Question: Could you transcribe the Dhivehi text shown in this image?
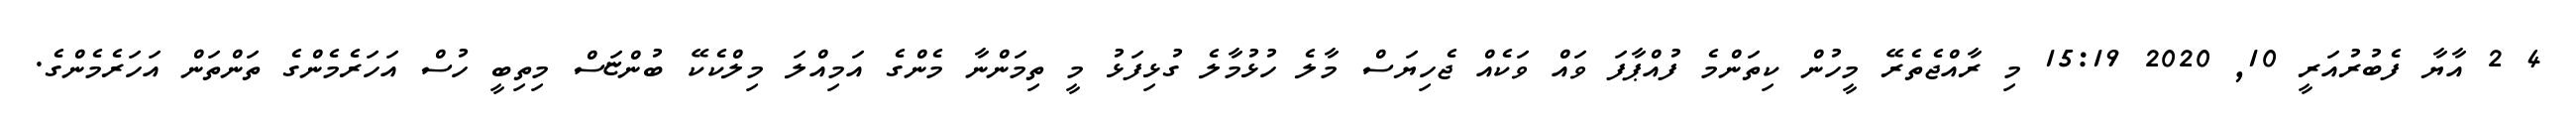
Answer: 4 2 އާޔާ ފެބުރުއަރީ 10, 2020 15:19 މި ރާއްޖެތެރޭ މީހުން ކިތަންމެ ފުއްޕާފަ ވައް ވަކެއް ޖެހިޔަސް މާލެ ހުޅުމާލެ ގުޅިފަޅު މީ ތިމަންނާ މެންގެ އަމިއްލަ މިލްކެކޭ ބުންޏަސް މިތިބީ ހުސް އަހަރެމެންގެ ތަންތަން އަހަރެމެންގެ.